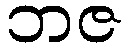
ဘဇ